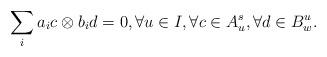
LaTeX: \begin{align*}\sum_i a_i c\otimes b_id =0,\forall u\in I,\forall c\in A_u^s,\forall d\in B^u_w.\end{align*}